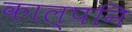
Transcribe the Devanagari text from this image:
काल्पनि